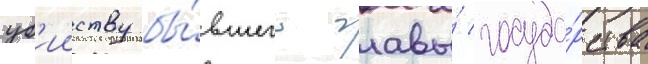
уб'ииству бы́вшего главы́ госуда́рства